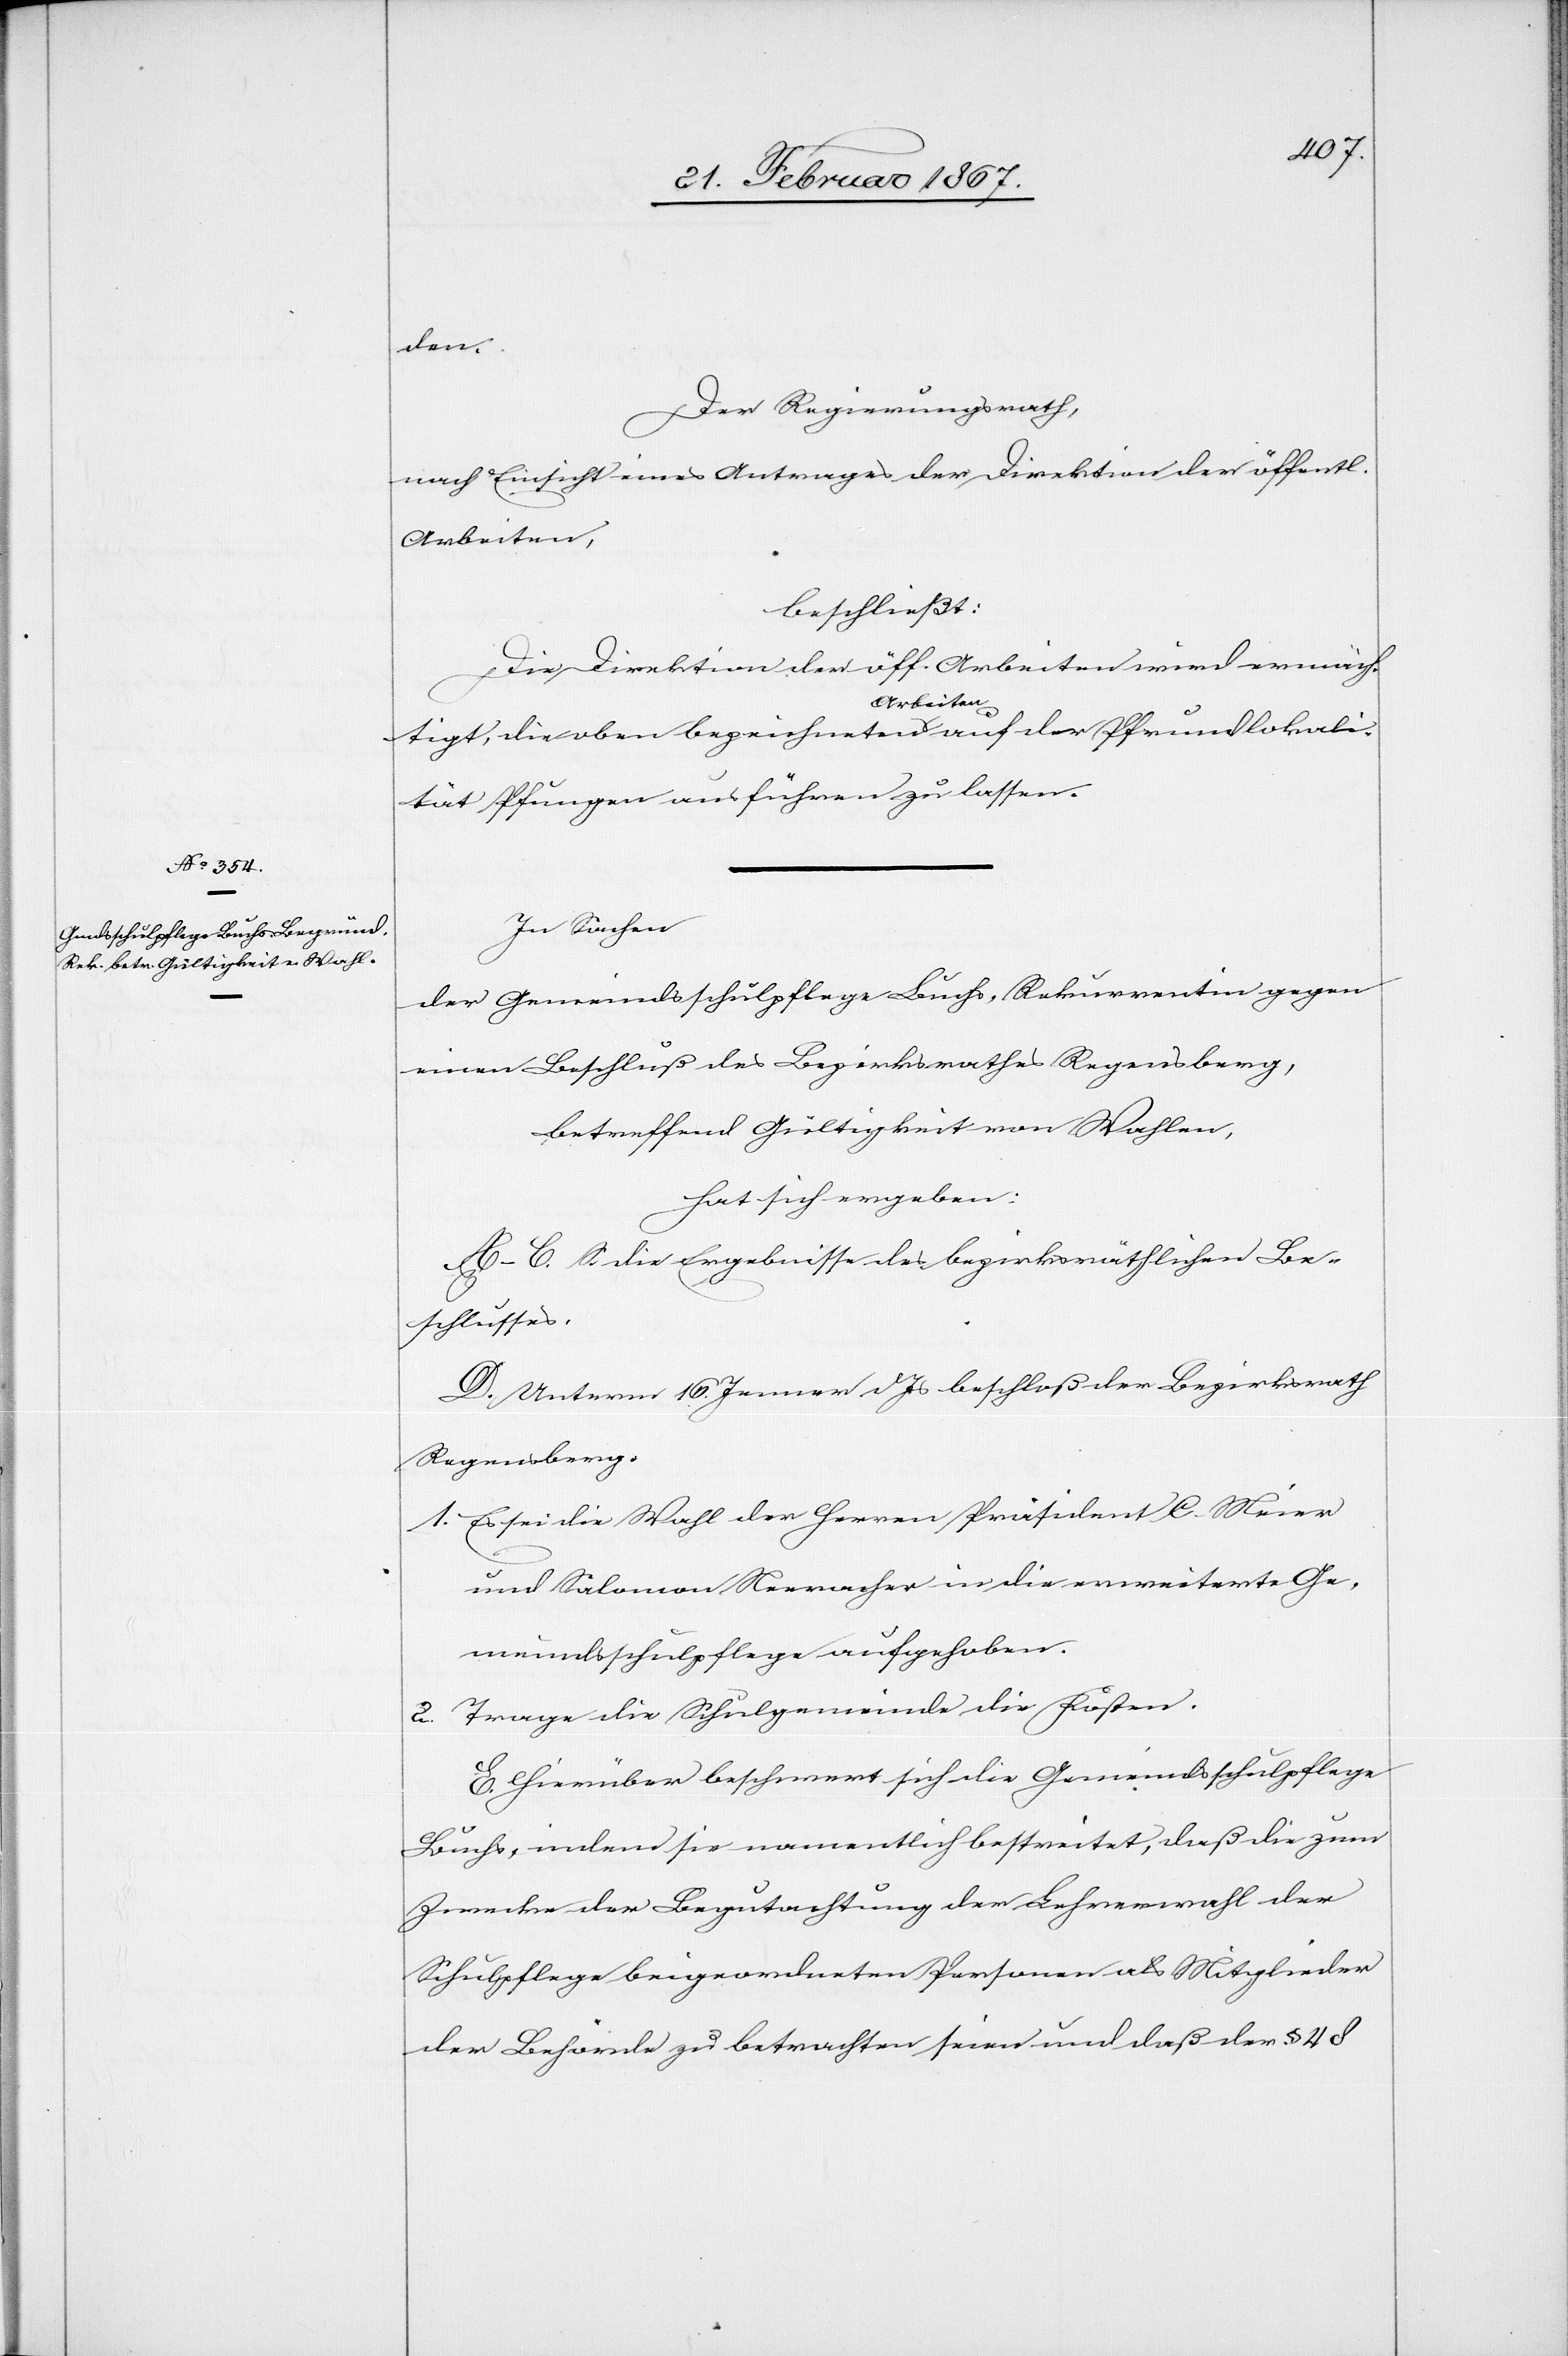
den.
Der Regierungsrath,
nach Einsicht eines Antrages der Direktion der öffentl.
Arbeiten,
beschließt:
Die Direktion der öff. Arbeiten wird ermäch¬
tigt, die oben bezeichneten Arbeiten auf der Pfrundlokali¬
tät Pfungen ausführen zu lassen.
In Sachen
der Gemeindsschulpflege Buchs, Rekurrentin gegen
einen Beschluß des Bezirksrathes Regensberg,
betreffend Gültigkeit von Wahlen,
hat sich ergeben:
A–C. S. die Ergebnisse des bezirksräthlichen Be¬
schlusses.
D. Unterm 16. Jenner d. Js beschloß der Bezirksrath
Regensberg:
1.	Es sei die Wahl der Herren Präsident C. Meier
und Salomon Neeracher in die erweiterte Ge¬
meindsschulpflege aufgehoben.
Trage die Schulgemeinde die Kosten.
2.
E. Hierüber beschwert sich die Gemeindsschulpflege
Buchs, indem sie namentlich bestreitet, daß die zum
Zwecke der Begutachtung der Lehrerwahl der
Schulpflege beigeordneten Personen als Mitglieder
der Behörde zu betrachten seien und daß der § 48